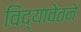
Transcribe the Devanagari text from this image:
विद्यावेतने